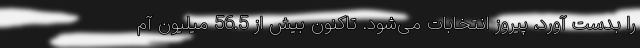
را بدست آورد، پیروز انتخابات می‌شود. تاکنون بیش از 56.5 میلیون آم